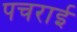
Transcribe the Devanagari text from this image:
पचराई